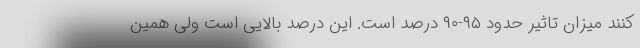
کنند میزان تاثیر حدود ۹۵-۹۰ درصد است. این درصد بالایی است ولی همین